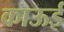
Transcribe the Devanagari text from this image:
काऊई